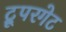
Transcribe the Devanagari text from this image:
ट्रूपरगेट